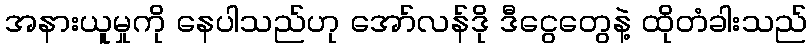
အနားယူမှုကို နေပါသည်ဟု အော်လန်ဒို ဒီငွေတွေနဲ့ ထိုတံခါးသည်